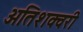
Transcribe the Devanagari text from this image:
अतिशक्वरी